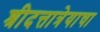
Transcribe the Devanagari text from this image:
श्रीदत्तात्रेयाचा